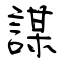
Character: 謀